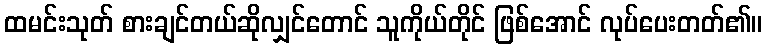
ထမင်းသုတ် စားချင်တယ်ဆိုလျှင်တောင် သူကိုယ်တိုင် ဖြစ်အောင် လုပ်ပေးတတ်၏။